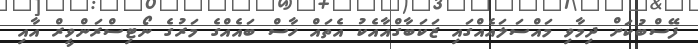
ފޭސްބުކަށް ދިމާވި މައްސަލައެއްގައި ޒަކަބާގްއާއެކު އެތައް ހާސް ބައެއްގެ މަރުގެ ނޯޓިސްރަންވީރް އާއި